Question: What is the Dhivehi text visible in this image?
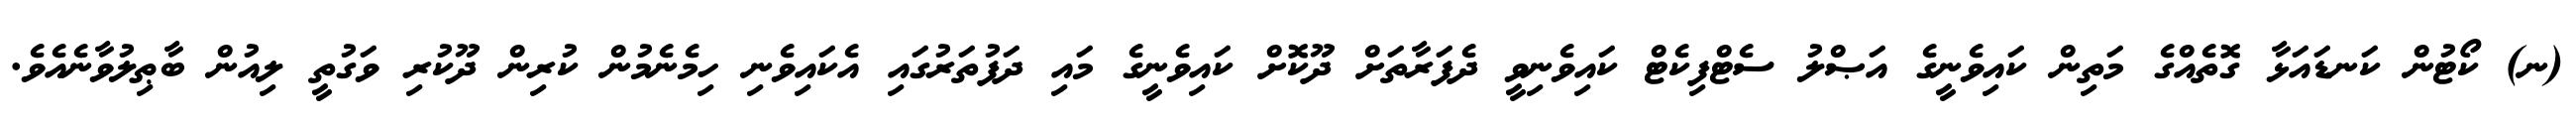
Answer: (ނ) ކޯޓުން ކަނޑައަޅާ ގޮތެއްގެ މަތިން ކައިވެނީގެ އަޞްލު ސެޓްފިކެޓް ކައިވެނިވީ ދެފަރާތަށް ދޫކޮށް ކައިވެނީގެ މައި ދަފުތަރުގައި އެކައިވެނި ހިމެނެމުން ކުރިން ދޫކުރި ވަގުތީ ލިއުން ބާޠިލުވާނެއެވެ.